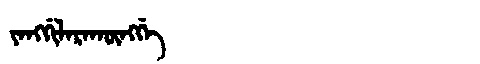
Manchu: ᠶᠠᠩᡤᡳᠯᠠᡵᠠᡴᡡᠩᡤᡝ
Romanization: YANGGILARAKŪNGGE